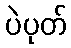
ပဲပုတ်